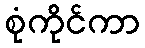
စုံကိုင်ကာ